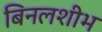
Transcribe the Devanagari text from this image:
बिनलशीभ